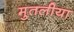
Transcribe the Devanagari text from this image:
मुतलीया